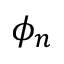
\phi _ { n }